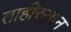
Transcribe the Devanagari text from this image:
ताहीरखान